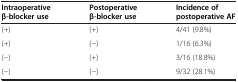
<table><thead><tr><td><b>Intraoperative β-blocker use</b></td><td><b>Postoperative β-blocker use</b></td><td><b>Incidence of postoperative AF</b></td></tr></thead><tbody><tr><td>(+)</td><td>(+)</td><td>4/41 (9.8%)</td></tr><tr><td>(+)</td><td>(−)</td><td>1/16 (6.3%)</td></tr><tr><td>(−)</td><td>(+)</td><td>3/16 (18.8%)</td></tr><tr><td>(−)</td><td>(−)</td><td>9/32 (28.1%)</td></tr></tbody></table>